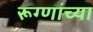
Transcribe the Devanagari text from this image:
रूग्णांच्या